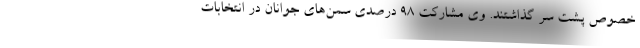
خصوص پشت سر گذاشتند. وی مشارکت ۹۸ درصدی سمن‌های جوانان در انتخابات